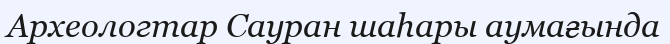
Археологтар Сауран шаһары аумағында